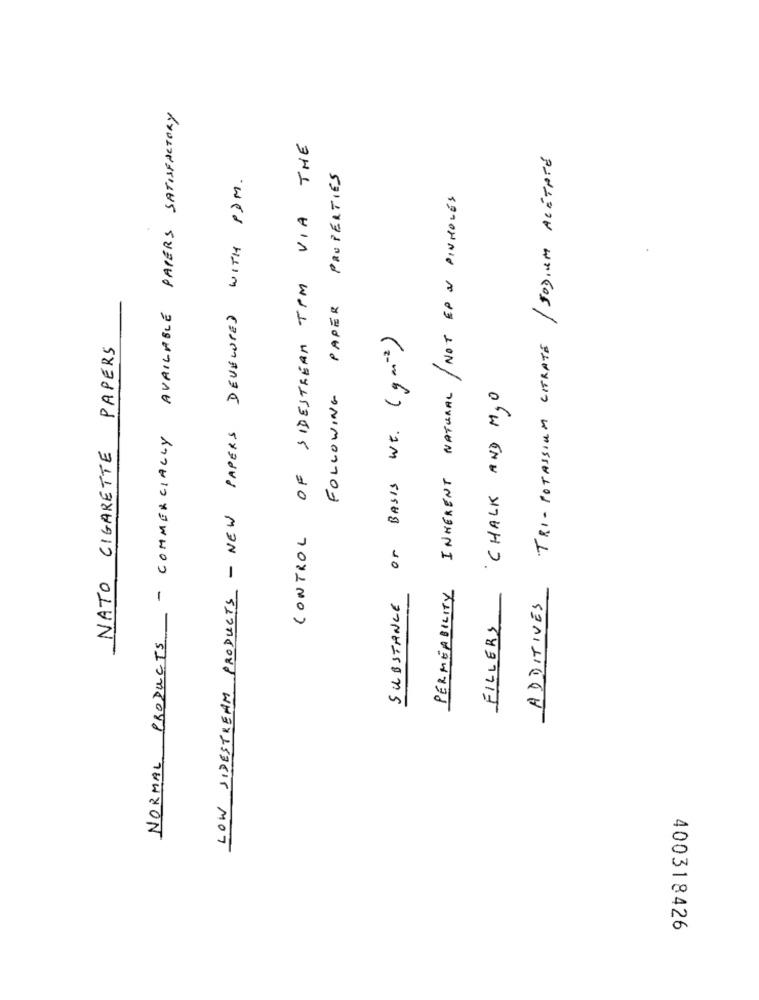
NORMAL PRODUCTS - COMMERCIALLY AVAILABLE PAPERS SATISFACTORY
CONTROL OF SIDESTREAM TPM VIA THE
TRI- POTASSIUM CITRATE / SODIUM ACÉTATE
LOW SIDESTREAM PRODUCTS - NEW PAPERS DEVELOPED WITH PAM.
FOLLOWING PAPER PROPERTIES
INHERENT NATURAL / NOT EPO PINHOLES
SUBSTANCE OF BASIS WE. (gan-2)
NATO CIGARETTE PAPERS
CHALK AND M,O
PERMEABILITY
-
ADDITIVES
FILLERS
400318426